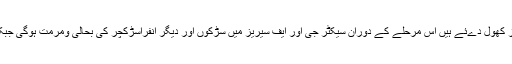
سی ڈی اے نے شہر میں بحالی ومرمت کے کام کے پہلے مرحلے کیلئے ٹینڈرز کھول دےئے ہیں اس مرحلے کے دوران سیکٹر جی اور ایف سیریز میں سڑکوں اور دیگر انفراسڑکچر کی بحالی ومرمت ہوگی جبکہ دوسرے مرحلے میں شہر کے دیگر حصوں میں اس نوعیت کا کام کیا جائیگا۔